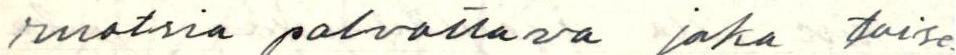
ruotsia palvottava joka toise-